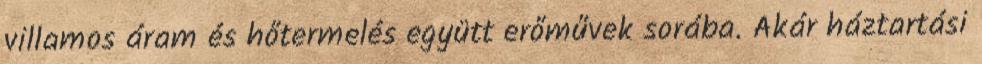
villamos áram és hőtermelés együtt erőművek sorába. Akár háztartási